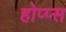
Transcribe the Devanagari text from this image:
होप्प्स